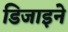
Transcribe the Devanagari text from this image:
डिजाइने